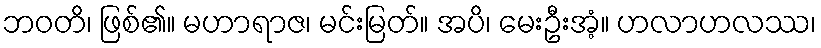
ဘဝတိ၊ ဖြစ်၏။ မဟာရာဇ၊ မင်းမြတ်။ အပိ၊ မေးဦးအံ့။ ဟလာဟလဿ၊